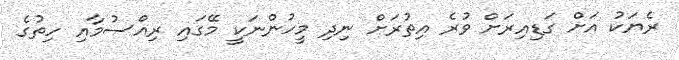
ރެޔަކު އަށް ގަޑިއިރަށް ވުރެ އިތުރަށް ނިދި މީހުންނަކީ މޭގައި ރިއްސުމާއި ހިތުގެ